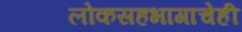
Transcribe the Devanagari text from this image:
लोकसहभागाचेही